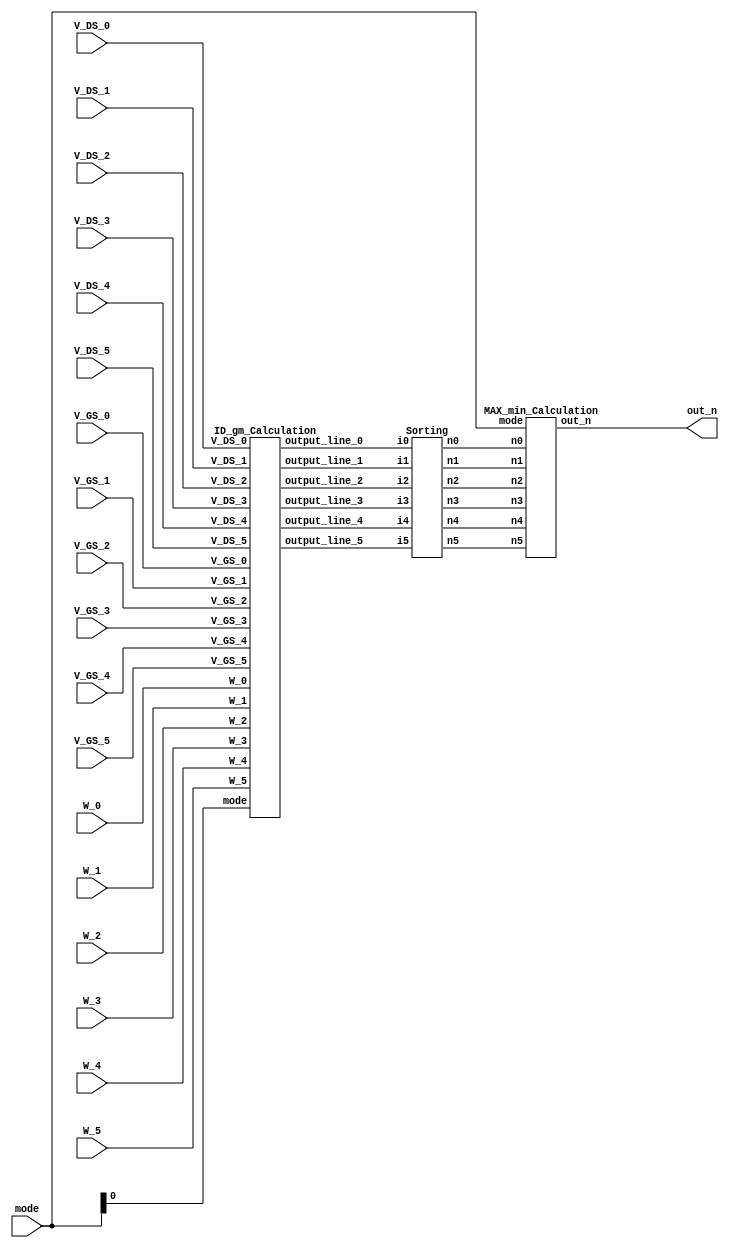
module SMC(
  // Input signals
    mode,
    W_0, V_GS_0, V_DS_0,
    W_1, V_GS_1, V_DS_1,
    W_2, V_GS_2, V_DS_2,
    W_3, V_GS_3, V_DS_3,
    W_4, V_GS_4, V_DS_4,
    W_5, V_GS_5, V_DS_5,   
  // Output signals
    out_n
);

//================================================================
//   INPUT AND OUTPUT DECLARATION                         
//================================================================
input [2:0] W_0, V_GS_0, V_DS_0;
input [2:0] W_1, V_GS_1, V_DS_1;
input [2:0] W_2, V_GS_2, V_DS_2;
input [2:0] W_3, V_GS_3, V_DS_3;
input [2:0] W_4, V_GS_4, V_DS_4;
input [2:0] W_5, V_GS_5, V_DS_5;
input [1:0] mode;
//output [8:0] out_n;         							// use this if using continuous assignment for out_n  // Ex: assign out_n = XXX;
output reg [9:0] out_n; 								// use this if using procedure assignment for out_n   // Ex: always@(*) begin out_n = XXX; end

//================================================================
//    Wire & Registers 
//================================================================
// Declare the wire/reg you would use in your circuit
// remember 
// wire for port connection and cont. assignment
// reg for proc. assignment
wire [9:0]line_A_0,line_A_1,line_A_2,line_A_3,line_A_4,line_A_5;
wire [9:0]line_B_0,line_B_1,line_B_2,line_B_3,line_B_4,line_B_5;
wire [9:0]line_out;

//================================================================
//    DESIGN
//================================================================
// --------------------------------------------------
// write your design here
// --------------------------------------------------
ID_gm_Calculation ID_gm_Calculation_A(.W_0(W_0),.V_GS_0(V_GS_0),.V_DS_0(V_DS_0),.output_line_0(line_A_0),
                                      .W_1(W_1),.V_GS_1(V_GS_1),.V_DS_1(V_DS_1),.output_line_1(line_A_1),
                                      .W_2(W_2),.V_GS_2(V_GS_2),.V_DS_2(V_DS_2),.output_line_2(line_A_2),
                                      .W_3(W_3),.V_GS_3(V_GS_3),.V_DS_3(V_DS_3),.output_line_3(line_A_3),
                                      .W_4(W_4),.V_GS_4(V_GS_4),.V_DS_4(V_DS_4),.output_line_4(line_A_4),
                                      .W_5(W_5),.V_GS_5(V_GS_5),.V_DS_5(V_DS_5),.output_line_5(line_A_5),.mode(mode[0]));

Sorting Sorting_A(.i0(line_A_0),.i1(line_A_1),.i2(line_A_2),.i3(line_A_3),.i4(line_A_4),.i5(line_A_5),
                  .n0(line_B_0),.n1(line_B_1),.n2(line_B_2),.n3(line_B_3),.n4(line_B_4),.n5(line_B_5));

MAX_min_Calculation MAX_min_Calculation_A(.mode(mode),.n0(line_B_0),.n1(line_B_1),.n2(line_B_2),.n3(line_B_3),.n4(line_B_4),.n5(line_B_5),.out_n(line_out));

always@(*)begin
out_n=line_out;
end

endmodule








//================================================================
//   SUB MODULE
//================================================================

// module BBQ (meat,vagetable,water,cost);
// input XXX;
// output XXX;
// 
// endmodule

// --------------------------------------------------
// Example for using submodule 
// BBQ bbq0(.meat(meat_0), .vagetable(vagetable_0), .water(water_0),.cost(cost[0]));
// --------------------------------------------------
// Example for continuous assignment
// assign out_n = XXX;
// --------------------------------------------------
// Example for procedure assignment
// always@(*) begin 
// 	out_n = XXX; 
// end
// --------------------------------------------------
// Example for case statement
// always @(*) begin
// 	case(op)
// 		2'b00: output_reg = a + b;
// 		2'b10: output_reg = a - b;
// 		2'b01: output_reg = a * b;
// 		2'b11: output_reg = a / b;
// 		default: output_reg = 0;
// 	endcase
// end
// --------------------------------------------------

//===== ID_gm_Calculation =====
module ID_gm_Calculation(W_0,V_GS_0,V_DS_0,output_line_0,
                         W_1,V_GS_1,V_DS_1,output_line_1,
                         W_2,V_GS_2,V_DS_2,output_line_2,
                         W_3,V_GS_3,V_DS_3,output_line_3,
                         W_4,V_GS_4,V_DS_4,output_line_4,
                         W_5,V_GS_5,V_DS_5,output_line_5,mode);

  input wire [2:0]W_0,V_GS_0,V_DS_0,W_1,V_GS_1,V_DS_1,W_2,V_GS_2,V_DS_2,W_3,V_GS_3,V_DS_3,W_4,V_GS_4,V_DS_4,W_5,V_GS_5,V_DS_5;
  input wire mode;
  output wire [9:0]output_line_0,output_line_1,output_line_2,output_line_3,output_line_4,output_line_5;

  wire [9:0]result_line_0,result_line_1,result_line_2,result_line_3,result_line_4,result_line_5;
  reg [9:0]result_0,result_1,result_2,result_3,result_4,result_5;

  assign output_line_0=result_0;
  assign output_line_1=result_1;
  assign output_line_2=result_2;
  assign output_line_3=result_3;
  assign output_line_4=result_4;
  assign output_line_5=result_5;

  ID_gm_Calculator_unit ID_gm_Calculator_unit_0(.w(W_0),.v_gs(V_GS_0),.v_ds(V_DS_0),.id_gm_select(mode),.result(result_line_0)),
                        ID_gm_Calculator_unit_1(.w(W_1),.v_gs(V_GS_1),.v_ds(V_DS_1),.id_gm_select(mode),.result(result_line_1)),
                        ID_gm_Calculator_unit_2(.w(W_2),.v_gs(V_GS_2),.v_ds(V_DS_2),.id_gm_select(mode),.result(result_line_2)),
                        ID_gm_Calculator_unit_3(.w(W_3),.v_gs(V_GS_3),.v_ds(V_DS_3),.id_gm_select(mode),.result(result_line_3)),
                        ID_gm_Calculator_unit_4(.w(W_4),.v_gs(V_GS_4),.v_ds(V_DS_4),.id_gm_select(mode),.result(result_line_4)),
                        ID_gm_Calculator_unit_5(.w(W_5),.v_gs(V_GS_5),.v_ds(V_DS_5),.id_gm_select(mode),.result(result_line_5));

  always@(*)begin
    result_0=result_line_0;
    result_1=result_line_1;
    result_2=result_line_2;
    result_3=result_line_3;
    result_4=result_line_4;
    result_5=result_line_5;
  end

endmodule


//===== ID_gm_Calculator_unit =====
module ID_gm_Calculator_unit (w,v_gs,v_ds,id_gm_select,result);

  input wire [2:0]w,v_gs,v_ds;
  input wire id_gm_select;
  output reg [9:0]result;
  
  wire [9:0]id,gm;

  id_Calculator id_Calculator_A(.w(w),.v_gs(v_gs),.v_ds(v_ds),.id(id));
  gm_Calculator gm_Calculator_A(.w(w),.v_gs(v_gs),.v_ds(v_ds),.gm(gm));

  always@(*)begin
    case(id_gm_select)
      1'b0:begin
        //gm
        result=gm;
      end
      1'b1:begin
        //id
        result=id;
      end 
    endcase	  
  end

endmodule


//===== id_Calculator =====
module id_Calculator (w,v_gs,v_ds,id);

  input wire [2:0]w,v_gs,v_ds;
  output reg [9:0]id;

  integer tmp_int;

  always@(*)
    if((v_gs-1)>v_ds)
      begin
        //Triode
        //tmp_int=$floor((w*(2*(v_gs-1)-v_ds)*v_ds)/3);
        //id=tmp_int;
        id=(w*(2*(v_gs-1)-v_ds)*v_ds)/3;
		//id=10'b0000000000;
      end
    else
      begin
        //Saturation
        //tmp_int=$floor((w*((v_gs-1)**2))/3);
        //id=tmp_int;
        id=(w*((v_gs-1)**2))/3;
		//id=10'b0000000000;
      end

endmodule


//===== gm_Calculator =====
module gm_Calculator (w,v_gs,v_ds,gm);

  input wire [2:0]w,v_gs,v_ds;
  output reg [9:0]gm;

  integer tmp_int;

  always@(*)
    if((v_gs-1)>v_ds)
      begin
        //Triode
        //tmp_int=$floor((2*w*v_ds)/3);
        //gm=tmp_int;
        gm=(2*w*v_ds)/3;
      end
    else
      begin
        //Saturation
        //tmp_int=$floor((2*w*(v_gs-1))/3);
        //gm=tmp_int;
        gm=(2*w*(v_gs-1))/3;
      end

endmodule


//===== Sorting =====
module Sorting(i0,i1,i2,i3,i4,i5,n0,n1,n2,n3,n4,n5);
  input wire [9:0]i0,i1,i2,i3,i4,i5;
  output wire [9:0]n0,n1,n2,n3,n4,n5;

  reg [9:0] tmp [0:5];
  reg [9:0] swp;
  integer i,j;

  assign n0=tmp[0];
  assign n1=tmp[1];
  assign n2=tmp[2];
  assign n3=tmp[3];
  assign n4=tmp[4];
  assign n5=tmp[5];


  always@(*)begin
    tmp[0]=i0;
    tmp[1]=i1;
    tmp[2]=i2;
    tmp[3]=i3;
    tmp[4]=i4;
    tmp[5]=i5;

    for (i=0;i<5;i=i+1)begin
      for (j=0;j<5-i;j=j+1)begin
        if(tmp[j]<tmp[j+1])begin
          swp=tmp[j];
		  tmp[j]=tmp[j+1];
          tmp[j+1]=swp;
          end
      end
    end
  end

endmodule



//===== MAX_min_Calculation =====
module MAX_min_Calculation(mode,n0,n1,n2,n3,n4,n5,out_n);

  input wire [1:0]mode;
  input wire [9:0]n0,n1,n2,n3,n4,n5;
  output reg [9:0]out_n;

  always@(*)begin
    case(mode)
      2'b00:out_n=n3+n4+n5;
      2'b01:out_n=(3*n3)+(4*n4)+(5*n5);
      2'b10:out_n=n0+n1+n2;
      2'b11:out_n=(3*n0)+(4*n1)+(5*n2);
	endcase
  end

endmodule